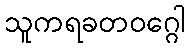
သူကရခတဝဂ္ဂေါ